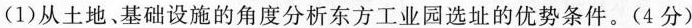
(1)从土地、基础设施的角度分析东方工业园选址的优势条件。(4分)